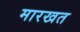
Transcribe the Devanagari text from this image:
मारखत